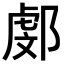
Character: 𨜻